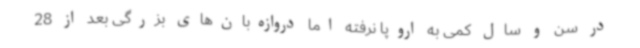
در سن و سال کمی به اروپا نرفته اما دروازه‌بان‌های بزرگی بعد از 28